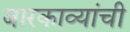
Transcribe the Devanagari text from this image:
बारकाव्यांची